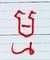
ម្ម